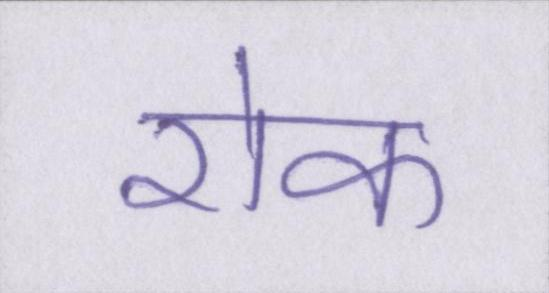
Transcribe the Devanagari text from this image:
रॊक